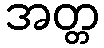
အတ္တ